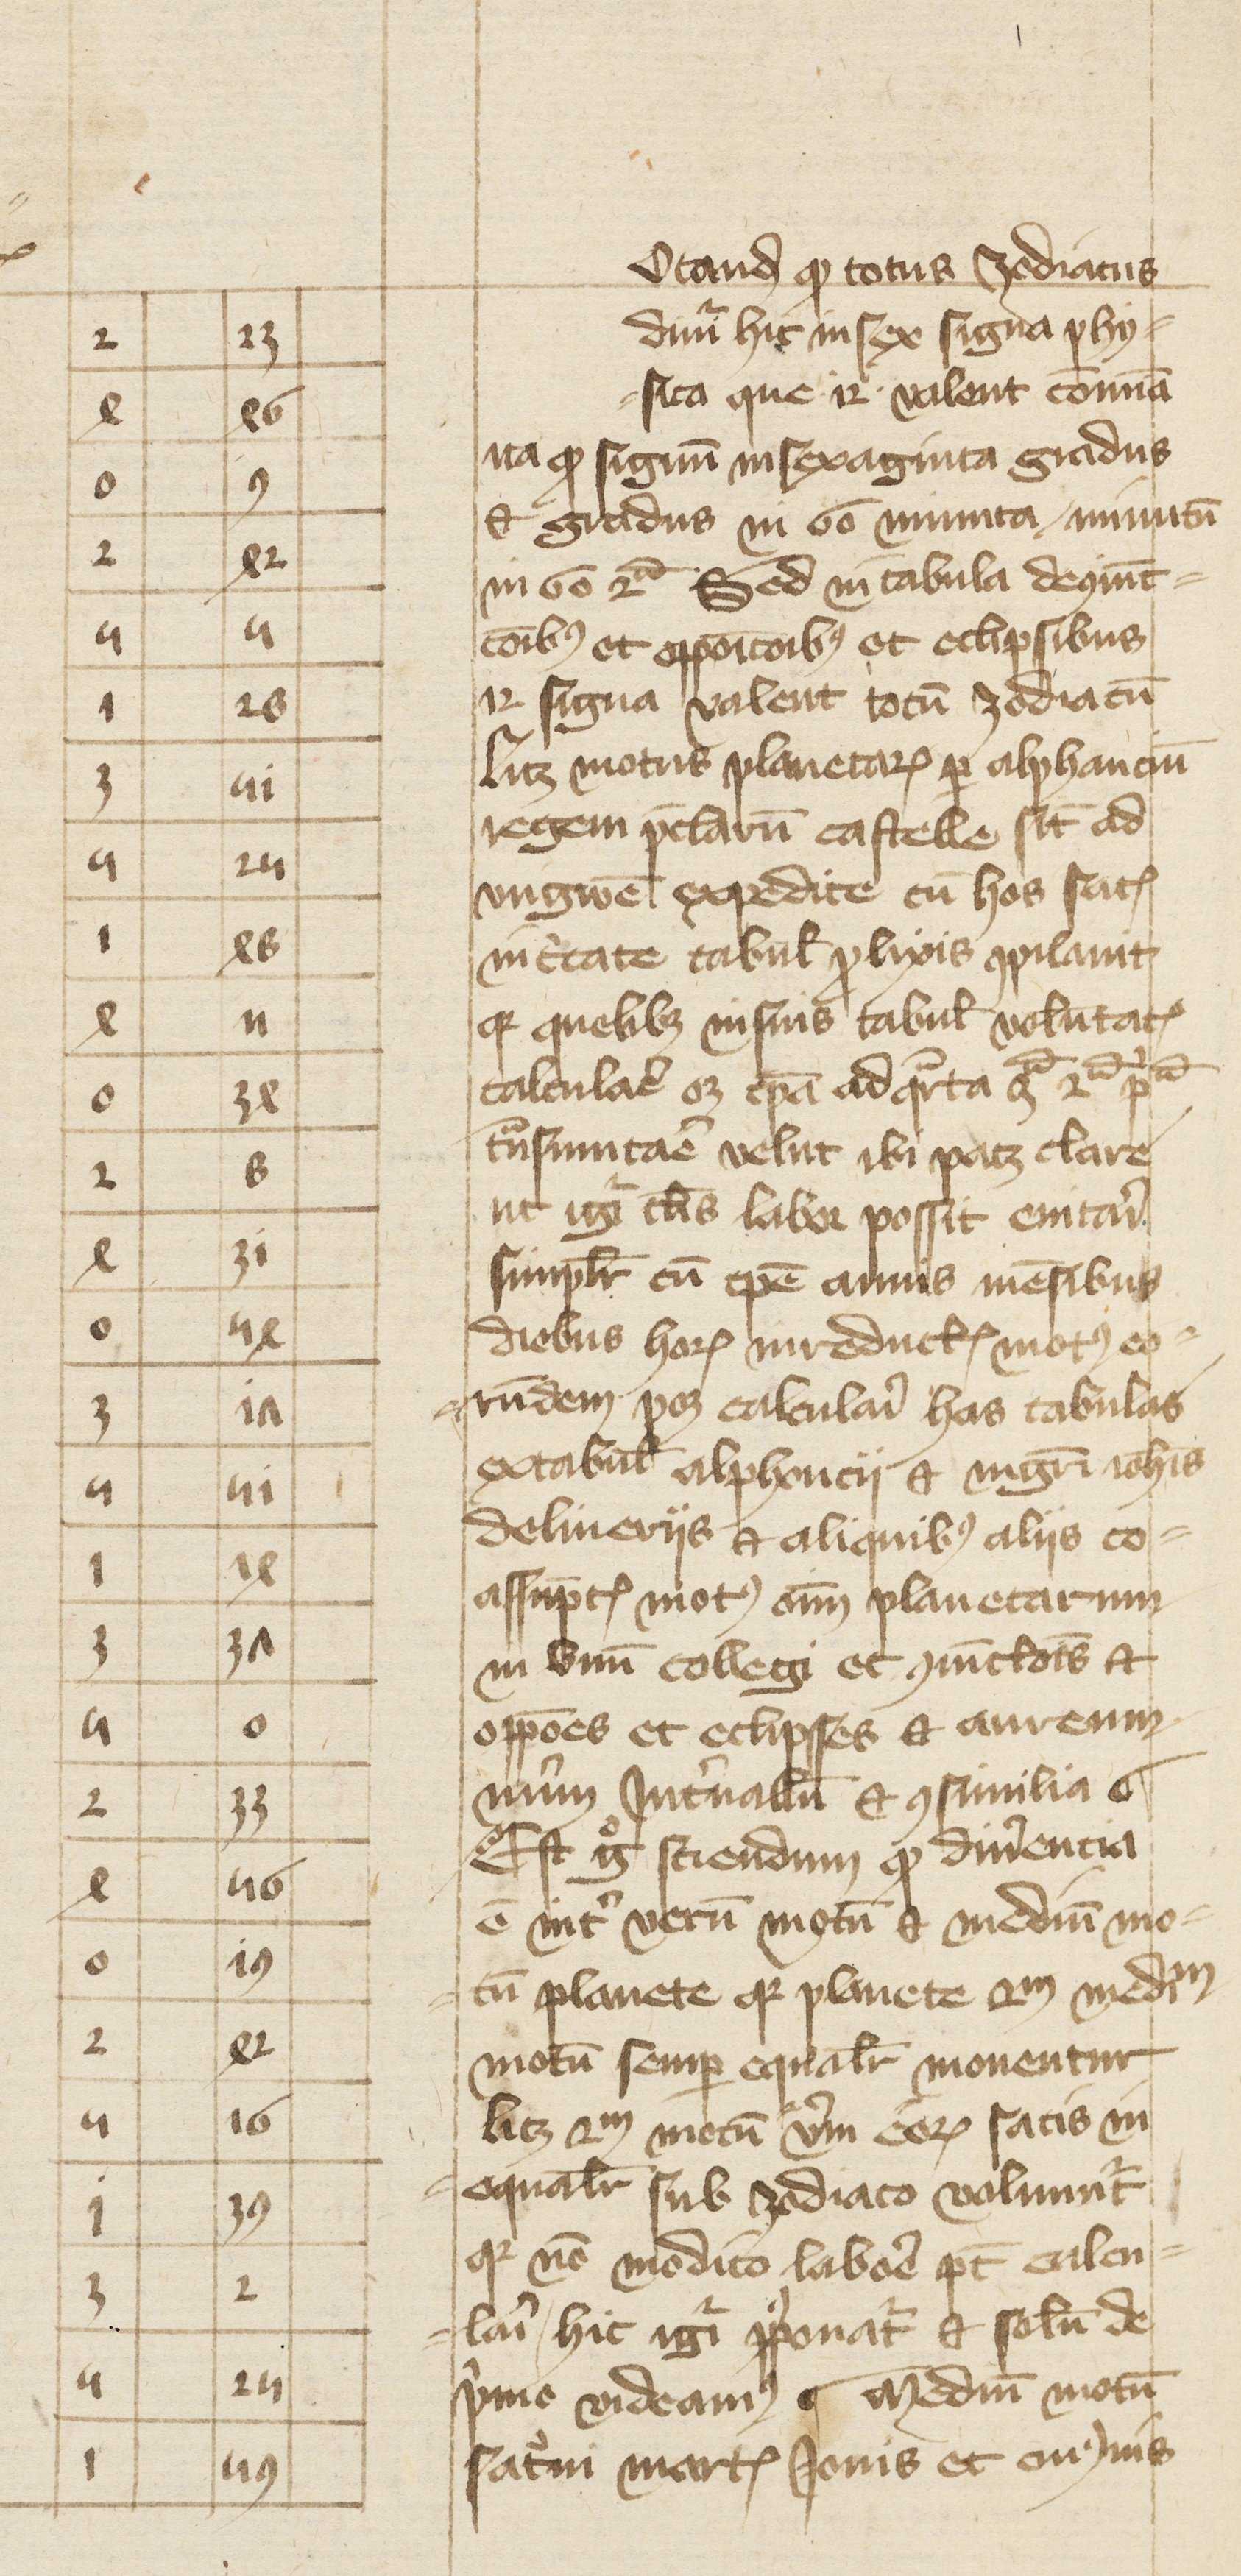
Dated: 1388–1394